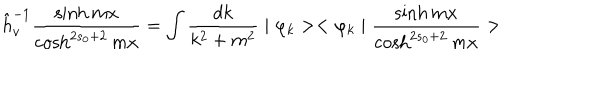
\hat { h } _ { v } ^ { - 1 } \frac { \sinh m x } { \cosh ^ { 2 s _ { 0 } + 2 } m x } = \int \frac { d k } { k ^ { 2 } + m ^ { 2 } } \mid \varphi _ { k } > < \varphi _ { k } \mid \frac { \sinh m x } { \cosh ^ { 2 s _ { 0 } + 2 } m x } >